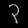
Digit: ၃